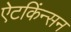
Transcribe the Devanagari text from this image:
ऐटकिंन्सन